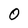
Character: O